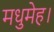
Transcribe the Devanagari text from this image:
मधुमेह।